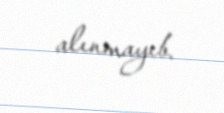
alınmayıb.